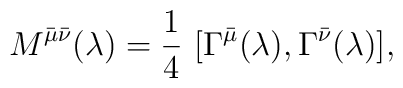
M^{\bar{\mu} \bar{\nu}}(\lambda)=\frac{1}{4}~[\Gamma^{\bar{\mu}}(\lambda),\Gamma^{\bar{\nu}}(\lambda)],